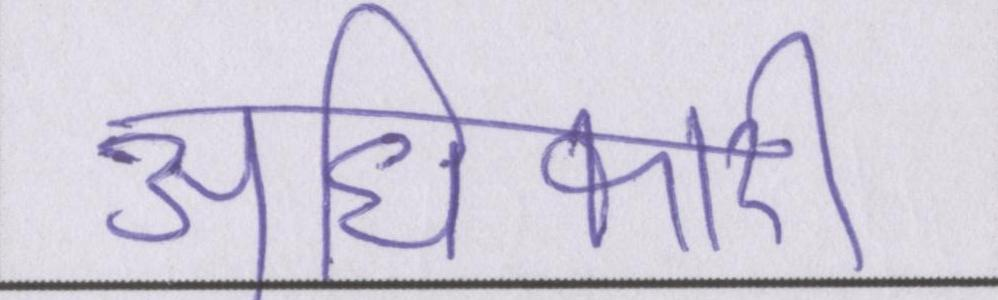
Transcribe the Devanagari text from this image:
अधिकारी